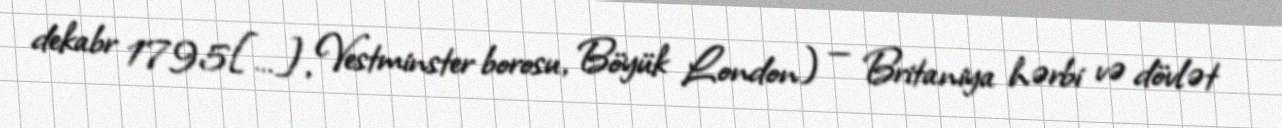
dekabr 1795[…], Vestminster borosu, Böyük London) — Britaniya hərbi və dövlət